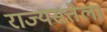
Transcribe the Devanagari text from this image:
राज्यसत्तेला